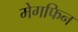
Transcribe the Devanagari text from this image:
मेगफिन